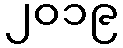
၂၀၁၉